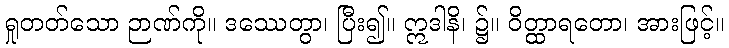
ရှုတတ်သော ဉာဏ်ကို။ ဒဿေတွာ၊ ပြီး၍။ ဣဒါနိ၊ ၌။ ဝိတ္ထာရတော၊ အားဖြင့်။